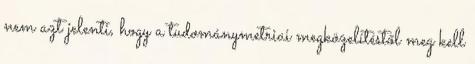
nem azt jelenti, hogy a tudománymetriai megközelítéstől meg kell